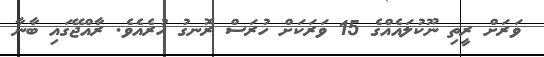
ވަރަށް ރީތި ނޫކުލައެއްގެ 15 ވަރަކަށް ހުރަސް ރޮނގު ހުރެއެވެ. ރާއްޖޭގައި ބާނާ